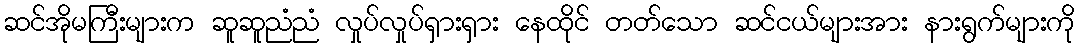
ဆင်အိုမကြီးများက ဆူဆူညံညံ လှုပ်လှုပ်ရှားရှား နေထိုင် တတ်သော ဆင်ငယ်များအား နားရွက်များကို